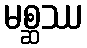
မစ္ဆဿ